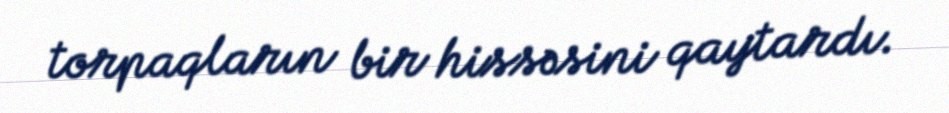
torpaqların bir hissəsini qaytardı.